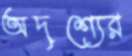
অদৃশ্যের